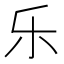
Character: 乐